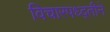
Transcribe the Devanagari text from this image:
विचारपध्द्तीने